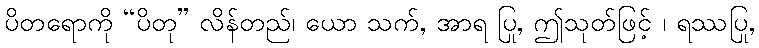
ပိတရောကို “ပိတု” လိန်တည်၊ ယော သက်, အာရ ပြု, ဤသုတ်ဖြင့် ၊ ရဿပြု,